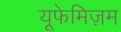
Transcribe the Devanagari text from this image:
यूफेमिज़म